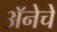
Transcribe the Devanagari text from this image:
अॅनेचे